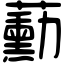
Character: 蘍